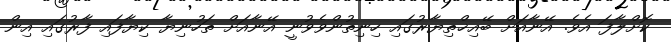
ކޮށްލާފަ އެވެ. އޭނާއަށް ބޭއިޚްތިޔާރުގައި ހިނިތުންވެވުނީ އޭނާއަށް ތަހުނިޔާ ކިޔާފައި ފާރުގައި އިން